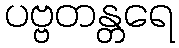
ပဗ္ဗတန္တရေ